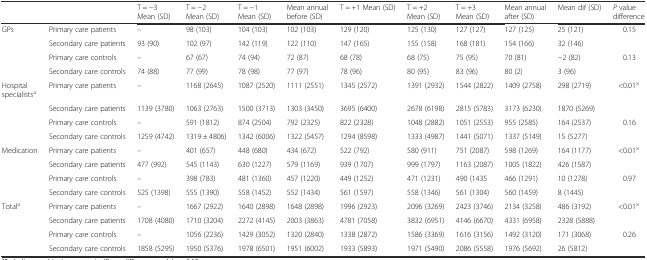
<table><thead><tr><td colspan="2"></td><td><b>T = −3 Mean (SD)</b></td><td><b>T = −2 Mean (SD)</b></td><td><b>T = −1 Mean (SD)</b></td><td><b>Mean annual before (SD)</b></td><td><b>T = +1 Mean (SD)</b></td><td><b>T = +2 Mean (SD)</b></td><td><b>T = +3 Mean (SD)</b></td><td><b>Mean annual after (SD)</b></td><td><b>Mean dif (SD)</b></td><td><b><i>P</i> value difference</b></td></tr></thead><tbody><tr><td>GPs</td><td>Primary care patients</td><td>–</td><td>98 (103)</td><td>104 (103)</td><td>102 (103)</td><td>129 (120)</td><td>125 (130)</td><td>127 (127)</td><td>127 (125)</td><td>25 (121)</td><td>0.15</td></tr><tr><td></td><td>Secondary care patients</td><td>93 (90)</td><td>102 (97)</td><td>142 (119)</td><td>122 (110)</td><td>147 (165)</td><td>155 (158)</td><td>168 (181)</td><td>154 (166)</td><td>32 (146)</td><td></td></tr><tr><td></td><td>Primary care controls</td><td>–</td><td>67 (67)</td><td>74 (94)</td><td>72 (87)</td><td>68 (78)</td><td>68 (75)</td><td>75 (95)</td><td>70 (81)</td><td>−2 (82)</td><td>0.13</td></tr><tr><td></td><td>Secondary care controls</td><td>74 (88)</td><td>77 (99)</td><td>78 (98)</td><td>77 (97)</td><td>78 (96)</td><td>80 (95)</td><td>83 (96)</td><td>80 (2)</td><td>3 (96)</td><td></td></tr><tr><td>Hospital specialists<sup>a</sup></td><td>Primary care patients</td><td>–</td><td>1168 (2645)</td><td>1087 (2520)</td><td>1111 (2551)</td><td>1345 (2572)</td><td>1391 (2932)</td><td>1544 (2822)</td><td>1409 (2758)</td><td>298 (2719)</td><td>&lt;0.01<sup>×</sup></td></tr><tr><td></td><td>Secondary care patients</td><td>1139 (3780)</td><td>1063 (2763)</td><td>1500 (3713)</td><td>1303 (3450)</td><td>3695 (6400)</td><td>2678 (6198)</td><td>2815 (5783)</td><td>3173 (6230)</td><td>1870 (5269)</td><td></td></tr><tr><td></td><td>Primary care controls</td><td>–</td><td>591 (1812)</td><td>874 (2504)</td><td>792 (2325)</td><td>822 (2328)</td><td>1048 (2882)</td><td>1051 (2553)</td><td>955 (2585)</td><td>164 (2537)</td><td>0.16</td></tr><tr><td></td><td>Secondary care controls</td><td>1259 (4742)</td><td>1319 ± 4806)</td><td>1342 (6006)</td><td>1322 (5457)</td><td>1294 (8598)</td><td>1333 (4987)</td><td>1441 (5071)</td><td>1337 (5149)</td><td>15 (5277)</td><td></td></tr><tr><td>Medication</td><td>Primary care patients</td><td>–</td><td>401 (657)</td><td>448 (680)</td><td>434 (672)</td><td>522 (792)</td><td>580 (911)</td><td>751 (2087)</td><td>598 (1269)</td><td>164 (1177)</td><td>&lt;0.01<sup>×</sup></td></tr><tr><td></td><td>Secondary care patients</td><td>477 (992)</td><td>545 (1143)</td><td>630 (1227)</td><td>579 (1169)</td><td>939 (1707)</td><td>999 (1797)</td><td>1163 (2087)</td><td>1005 (1822)</td><td>426 (1587)</td><td></td></tr><tr><td></td><td>Primary care controls</td><td>–</td><td>398 (783)</td><td>481 (1360)</td><td>457 (1220)</td><td>449 (1252)</td><td>471 (1231)</td><td>490 (1435</td><td>466 (1291)</td><td>10 (1278)</td><td>0.97</td></tr><tr><td></td><td>Secondary care controls</td><td>525 (1398)</td><td>555 (1390)</td><td>558 (1452)</td><td>552 (1434)</td><td>561 (1597)</td><td>558 (1346)</td><td>561 (1304)</td><td>560 (1459)</td><td>8 (1445)</td><td></td></tr><tr><td>Total<sup>a</sup></td><td>Primary care patients</td><td>–</td><td>1667 (2922)</td><td>1640 (2898)</td><td>1648 (2898)</td><td>1996 (2923)</td><td>2096 (3269)</td><td>2423 (3746)</td><td>2134 (3258)</td><td>486 (3192)</td><td>&lt;0.01<sup>×</sup></td></tr><tr><td></td><td>Secondary care patients</td><td>1708 (4080)</td><td>1710 (3204)</td><td>2272 (4145)</td><td>2003 (3863)</td><td>4781 (7058)</td><td>3832 (6951)</td><td>4146 (6670)</td><td>4331 (6958)</td><td>2328 (5888)</td><td></td></tr><tr><td></td><td>Primary care controls</td><td>–</td><td>1056 (2236)</td><td>1429 (3052)</td><td>1320 (2840)</td><td>1338 (2872)</td><td>1586 (3369)</td><td>1616 (3156)</td><td>1492 (3120)</td><td>171 (3068)</td><td>0.26</td></tr><tr><td></td><td>Secondary care controls</td><td>1858 (5295)</td><td>1950 (5376)</td><td>1978 (6501)</td><td>1951 (6002)</td><td>1933 (5893)</td><td>1971 (5490)</td><td>2086 (5558)</td><td>1976 (5692)</td><td>26 (5812)</td><td></td></tr></tbody></table>